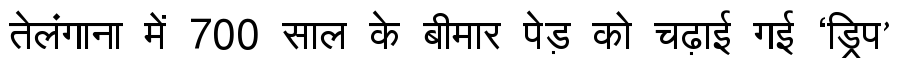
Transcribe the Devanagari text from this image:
तेलंगाना में 700 साल के बीमार पेड़ को चढ़ाई गई ‘ड्रिप’